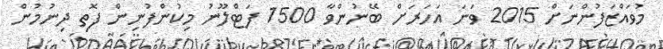
މުވައްޒަފުންނަށް 2015 ވަނަ އަހަރަށް ބޭނުންވާ 1500 ފަޓްލޫނު މިކުންފުނިން ފޮތި ދިނުމުން